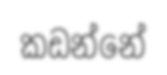
කඩන්නේ